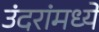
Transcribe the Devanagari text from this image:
उंदरांमध्ये